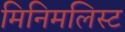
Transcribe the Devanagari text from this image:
मिनिमलिस्ट